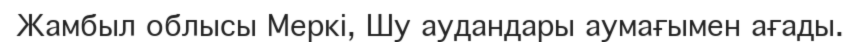
Жамбыл облысы Меркі, Шу аудандары аумағымен ағады.